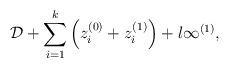
LaTeX: \begin{align*}\mathcal{D}+\sum_{i=1}^k\left(z_i^{(0)}+z_i^{(1)}\right) + l\infty^{(1)},\end{align*}